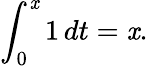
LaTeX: \int_{0}^{\mathit{x}}1\, dt=\mathit{x}.